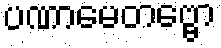
ပဏာမေတဗ္ဗော